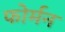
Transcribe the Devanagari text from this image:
फोर्मन